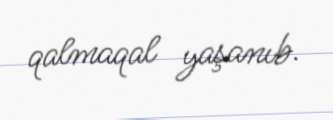
qalmaqal yaşanıb.